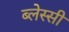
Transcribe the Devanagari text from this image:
ब्लेस्सी